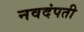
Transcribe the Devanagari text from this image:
नवदंपती